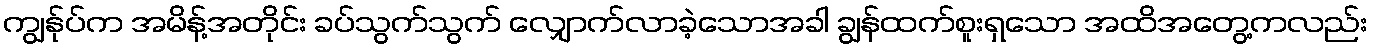
ကျွန်ုပ်က အမိန့်အတိုင်း ခပ်သွက်သွက် လျှောက်လာခဲ့သောအခါ ချွန်ထက်စူးရှသော အထိအတွေ့ကလည်း